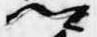
卿